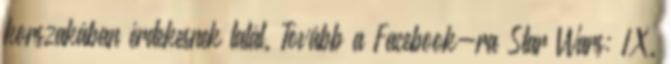
korszakában érdekesnek talál. Tovább a Facebook-ra Star Wars: IX.